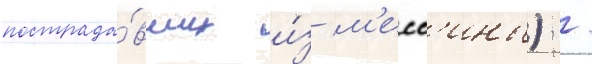
пострада́вших и́з м'есс'ины) /